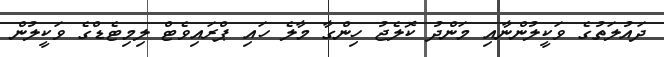
ދައުލަތުގެ ވަކީލުންނާއި މަންދު ކޮލެޖު ހިންގާ މާލެ ހައި ޕްރައިވެޓް ލިމިޓެޑްގެ ވަކީލުން